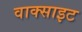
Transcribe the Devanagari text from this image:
वाक्साइट